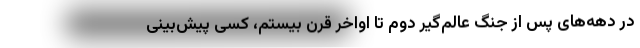
در دهه‌های پس از جنگ عالم‌گیر دوم تا اواخر قرن بیستم، کسی پیش‌بینی